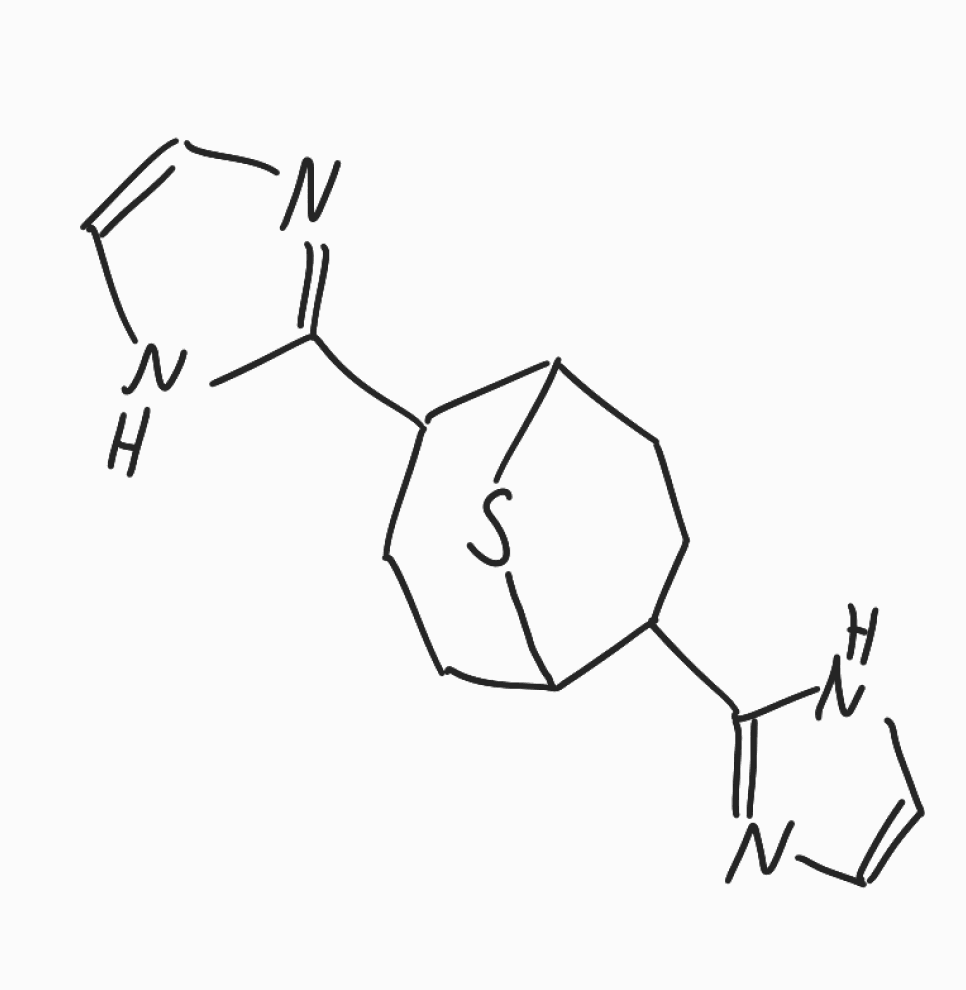
Simplified molecular-input line-entry system (SMILES) notation of the given molecule:
C1CC2C(CCC(C1C3=NC=CN3)S2)C4=NC=CN4